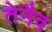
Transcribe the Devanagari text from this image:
तेनैव